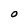
Character: 0